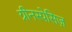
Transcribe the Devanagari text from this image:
ग्रीनस्पेसिज़